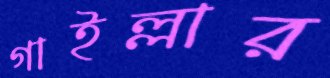
গাইল্লার